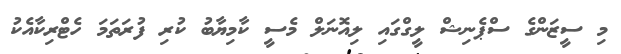
މި ސީޒަންގެ ސްޕެނިޝް ލީގްގައި ލިއޮނަލް މެސީ ކާމިޔާބު ކުރި ފުރަތަމަ ހެޓްރިކާއެކު